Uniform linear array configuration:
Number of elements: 8
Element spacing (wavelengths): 0.25
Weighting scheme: exponential
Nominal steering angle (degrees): -45
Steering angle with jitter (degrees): -45.493
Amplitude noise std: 0.05
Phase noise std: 0.05

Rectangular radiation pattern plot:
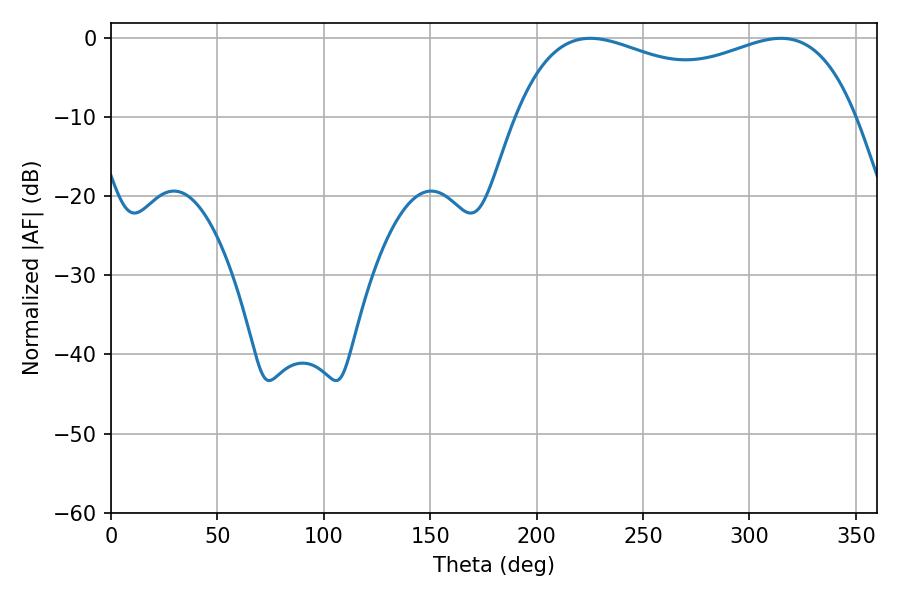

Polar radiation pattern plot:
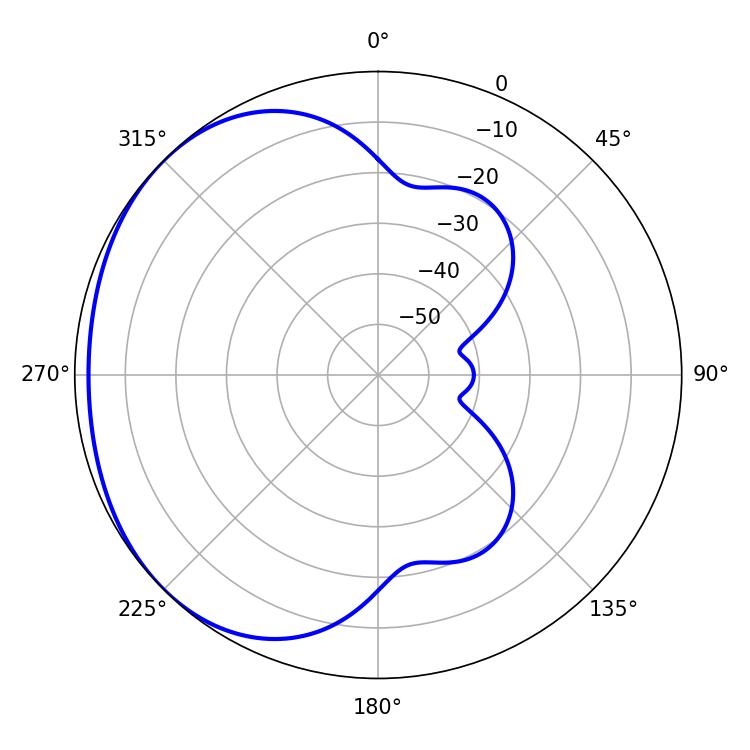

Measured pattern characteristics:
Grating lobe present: FALSE
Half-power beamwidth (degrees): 131.76
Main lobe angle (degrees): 225.18